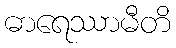
ဓာရေဿာမီတိ